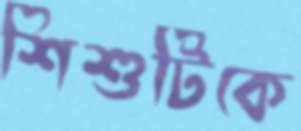
শিশুটিকে